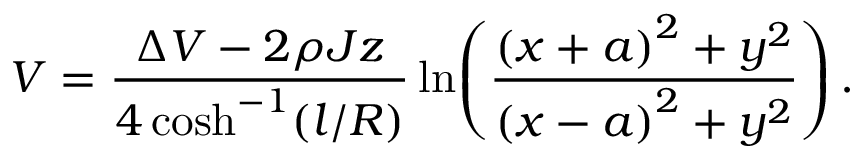
V = \frac { \Delta V - 2 \rho J z } { 4 \cosh ^ { - 1 } ( l / R ) } \ln \! \left( \frac { { \left( x + a \right) ^ { 2 } + y ^ { 2 } } } { { \left( x - a \right) ^ { 2 } + y ^ { 2 } } } \right) .